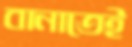
বানাতেই